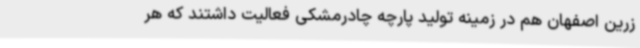
زرین اصفهان هم در زمینه تولید پارچه چادر‌‌مشکی فعالیت داشتند که هر